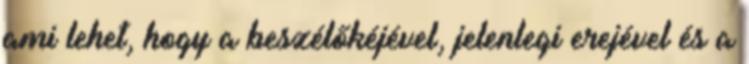
ami lehet, hogy a beszélőkéjével, jelenlegi erejével és a